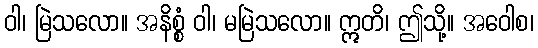
ဝါ၊ မြဲသလော။ အနိစ္စံ ဝါ၊ မမြဲသလော။ ဣတိ၊ ဤသို့။ အဝေါစ၊